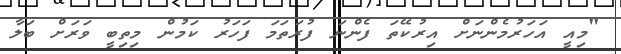
"މިއީ އަހަރުމެންނަށް އިރުކޭތަ ފެންނަ ފުރަތަމަ ފަހަރު ކަމުން މިތިބީ ވަރަށް ބަލާ